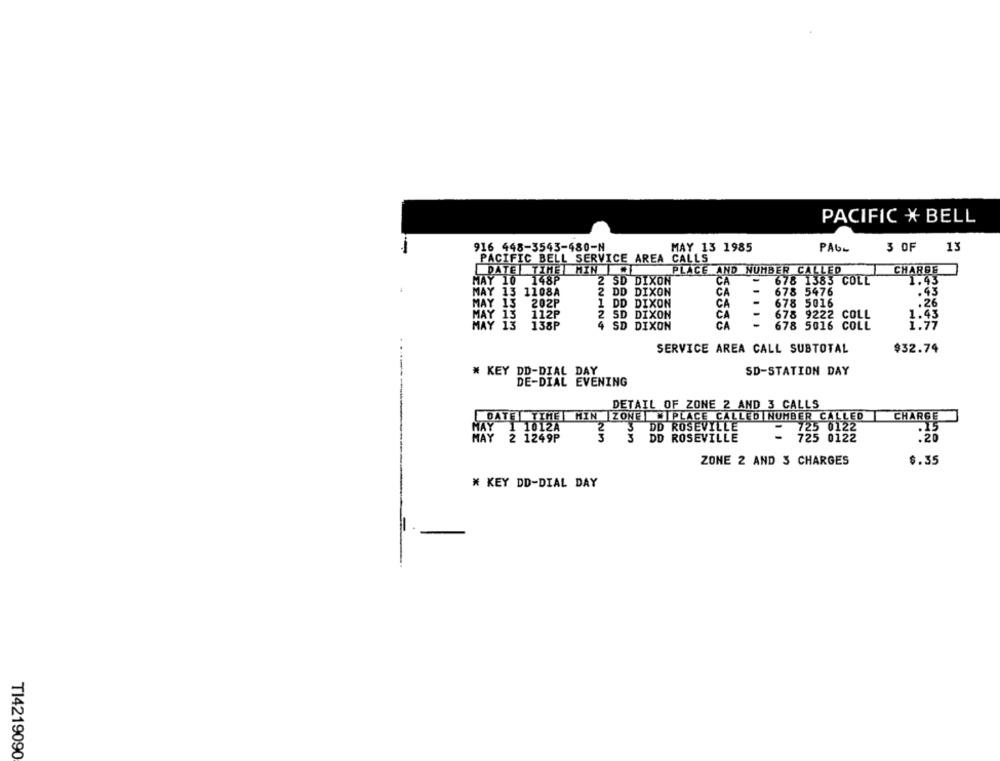
PACIFIC X BELL
-
916 448-3543-480-N
MAY 13 1985
PAGE
3 OF
13
PACIFIC BELL SERVICE AREA CALLS
DATE TIME HINKE
PLACE AND NUMBER CALLED
CHARGE
MAY 10 148P
2 SD DIXON
CA
-
678 1383 COLL
1.43
MAY 13 1108A
2 DD DIXON
CA
-
678 5476
.43
MAY 13
202P
1 DD DIXON
CA
-
678 5016
.26
112P
2 SD DIXON
CA
-
678 9222 COLL
HAY
135P
4 SD DIXON
CA
-
678 5016 COLL
SERVICE AREA CALL SUBTOTAL
$32.74
# KEY DD-DIAL DAY
SD-STATION DAY
DE-DIAL EVENING
DETAIL OF ZONE 2 AND 3 CALLS
DATE | TIME MIN ZONE W PLACE CALLED NUMBER CALLED
CHARGE
2
DD ROSEVILLE
725 0122
.15
MAY 1 1012A
MAY 2 1249P
DD ROSEVILLE
= 725 0122
.20
ZONE 2 AND 3 CHARGES
$.35
* KEY DD-DIAL DAY
T14219090